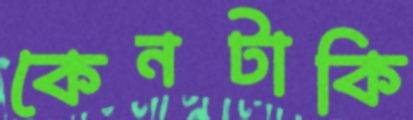
কেনটাকি